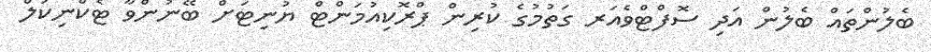
ބެލުންތައް ބެލުން އަދި ސޮފްޓްވެއަރ ގަތުމުގެ ކުރިން ޕްރޮކިއުމަންޓް ޔުނިޓަށް ބޭނުންވާ ޓެކްނިކަލް